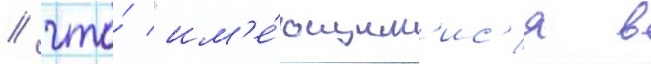
/ что́ "им'е́ющим'ис'я в